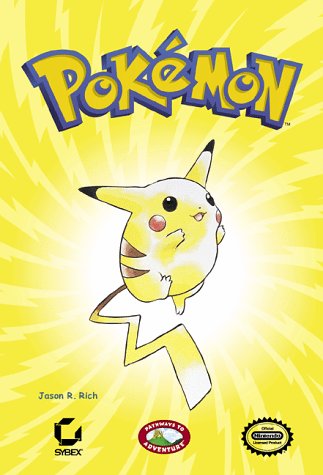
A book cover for Pokemon; Jason R. Rich; Computers & Technology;